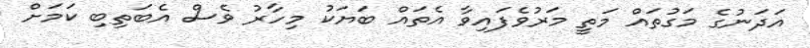
އަދަނުގެ މަގުތައް މަތީ މަރުވެފައިވާ އެތައް ބަޔަކު މިހާރު ވެސް އެބަތިބި ކަމަށް